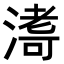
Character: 𭱹